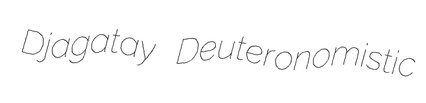
Djagatay Deuteronomistic